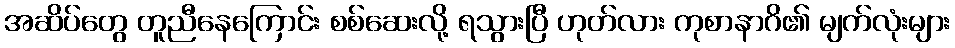
အဆိပ်တွေ တူညီနေကြောင်း စစ်ဆေးလို့ ရသွားပြီ ဟုတ်လား ကုစာနာဂိ၏ မျက်လုံးများ